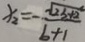
x _ { 2 } = - \frac { \sqrt { 2 b + 2 } } { b + 1 }